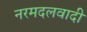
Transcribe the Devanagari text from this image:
नरमदलवादी